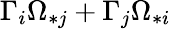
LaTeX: \Gamma_{i}\Omega_{\ast j}+\Gamma_{j}\Omega_{\ast i}